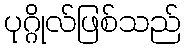
ပုဂ္ဂိုလ်ဖြစ်သည်